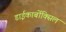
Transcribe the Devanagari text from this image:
डाईकार्बोक्सिल